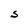
Character: S